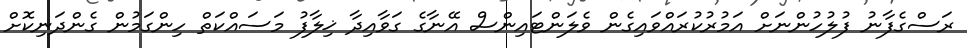
ރަސްގެފާނު ފުލުހުންނަށް އަމުރުކުރައްވައިގެން ވެލަންޓައިންސް އޭނާގެ ގަވާއިދާ ޚިލާފު މަސައްކަތް ހިންގަމުން ގެންދަނިކޮށް